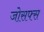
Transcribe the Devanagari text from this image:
जोसफ्स